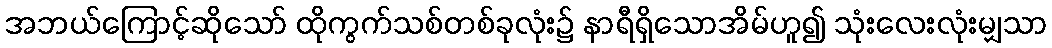
အဘယ်ကြောင့်ဆိုသော် ထိုကွက်သစ်တစ်ခုလုံး၌ နာရီရှိသောအိမ်ဟူ၍ သုံးလေးလုံးမျှသာ